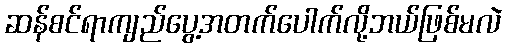
ဆန်စင်ရာကျည်ပွေ့အတက်ပေါက်လို့ဘယ်ဖြစ်မလဲ